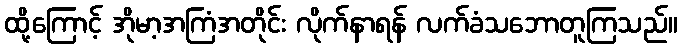
ထို့ကြောင့် အိုမာ့အကြံအတိုင်း လိုက်နာရန် လက်ခံသဘောတူကြသည်။